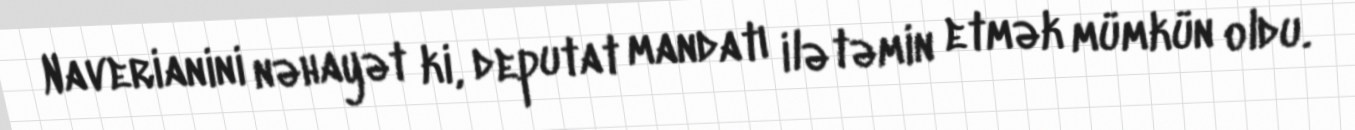
Naverianini nəhayət ki, deputat mandatı ilə təmin etmək mümkün oldu.